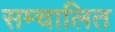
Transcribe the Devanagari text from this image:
सम्चालित